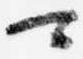
可